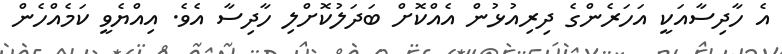
އެ ހާދިސާއަކީ އަހަރެންގެ ދިރިއުޅުން އެއްކޮށް ބަދަލުކޮށްލި ހާދިސާ އެވެ. އިއްޔެވީ ކަމެއްހެން